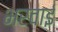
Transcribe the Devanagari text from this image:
भरवाई